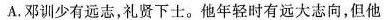
A. 邓训少有远志，礼贤下士。他年轻时有远大志向，但他